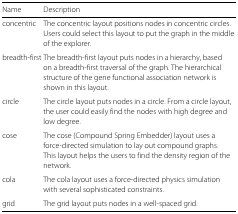
<table><thead><tr><td><b>Name</b></td><td><b>Description</b></td></tr></thead><tbody><tr><td>concentric</td><td>The concentric layout positions nodes in concentric circles.</td></tr><tr><td></td><td>Users could select this layout to put the graph in the middle</td></tr><tr><td></td><td>of the explorer.</td></tr><tr><td>breadth-first</td><td>The breadth-first layout puts nodes in a hierarchy, based</td></tr><tr><td></td><td>on a breadth-first traversal of the graph. The hierarchical</td></tr><tr><td></td><td>structure of the gene functional association network is</td></tr><tr><td></td><td>shown in this layout.</td></tr><tr><td>circle</td><td>The circle layout puts nodes in a circle. From a circle layout,</td></tr><tr><td></td><td>the user could easily find the nodes with high degree and</td></tr><tr><td></td><td>low degree.</td></tr><tr><td>cose</td><td>The cose (Compound Spring Embedder) layout uses a</td></tr><tr><td></td><td>force-directed simulation to lay out compound graphs.</td></tr><tr><td></td><td>This layout helps the users to find the density region of the</td></tr><tr><td></td><td>network.</td></tr><tr><td>cola</td><td>The cola layout uses a force-directed physics simulation</td></tr><tr><td></td><td>with several sophisticated constraints.</td></tr><tr><td>grid</td><td>The grid layout puts nodes in a well-spaced grid.</td></tr></tbody></table>